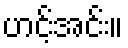
ဟင့်အင်း။